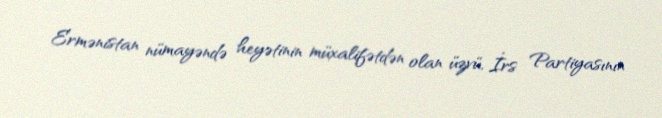
Ermənistan nümayəndə heyətinin müxalifətdən olan üzvü, İrs Partiyasının